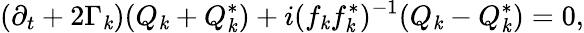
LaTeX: (\partial_{t}+2\Gamma_{\mathit{k}})(Q_{\mathit{k}}+Q_{\mathit{k}}^{*})+i(f_{\mathit{k}}f_{\mathit{k}}^{*})^{-1}(Q_{\mathit{k}}-Q_{\mathit{k}}^{*})=0,